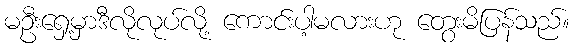
မဦးရှေ့မှာဒီလိုလုပ်လို့ ကောင်းပါ့မလားဟု တွေးမိပြန်သည်။